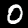
Digit: 0